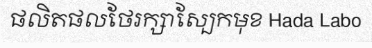
ផលិតផលថែរក្សាស្បែកមុខ Hada Labo